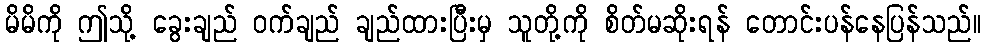
မိမိကို ဤသို့ ခွေးချည် ဝက်ချည် ချည်ထားပြီးမှ သူတို့ကို စိတ်မဆိုးရန် တောင်းပန်နေပြန်သည်။